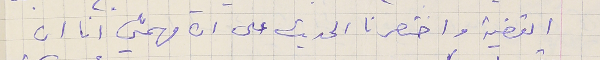
القضية واختصرنا الحديث على ان مهمتي انا ان